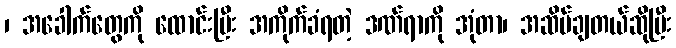
၊ အခေါက်တွေကို ထောင်းပြီး အကိုက်ခံရတဲ့ ဒဏ်ရာကို အုံတာ၊ အဆိပ်ချတယ်ဆိုပြီး